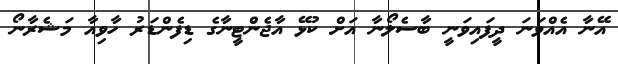
އޭނާ އެއްވަނަ ދީފައިވަނީ ބާސެލޯނާ އަށް ކުޅޭ އާޖެންޓީނާގެ ޑިފެންޑަރު ހާވިއާ މަޝެރާނޯ